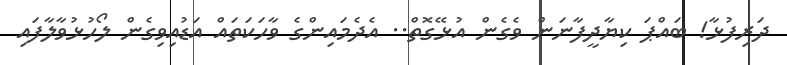
ދަރިފުޅާ! ބައްޕަ ކިޔާދީފާނަން ވެގެން އުޅޭގޮތް.. އެދެމައިންގެ ވާހަކަތައް އަޑުއިވިގެން ލޯހުޅުވާލާފައި